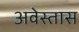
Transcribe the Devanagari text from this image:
अवेस्तास